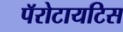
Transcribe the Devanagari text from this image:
पॅरोटायटिस